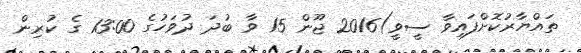
ތައްޔާރުކޮށްފައިވާ ސީވީ)2016 ޖޫން 15 ވާ ބުދަ ދުވަހުގެ 13:00 ގެ ކުރިން